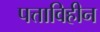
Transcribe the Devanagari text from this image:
पत्ताविहीन